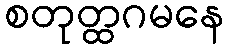
စတုတ္ထဂမနေ